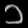
Digit: ၁